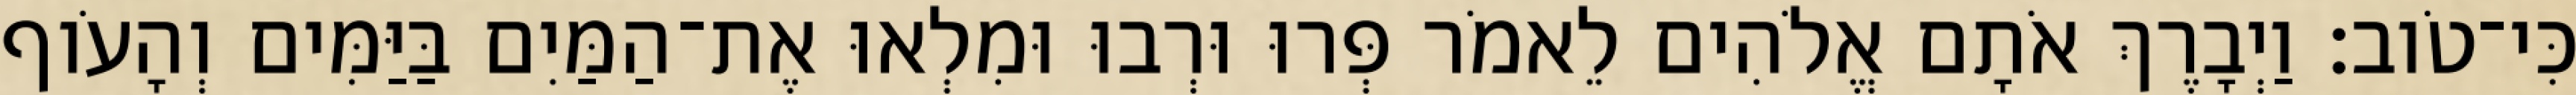
כִּי־טֹוב׃ וַיְבָרֶךְ אֹתָם אֱלֹהִים לֵאמֹר פְּרוּ וּרְבוּ וּמִלְאוּ אֶת־הַמַּיִם בַּיַּמִּים וְהָעֹוף